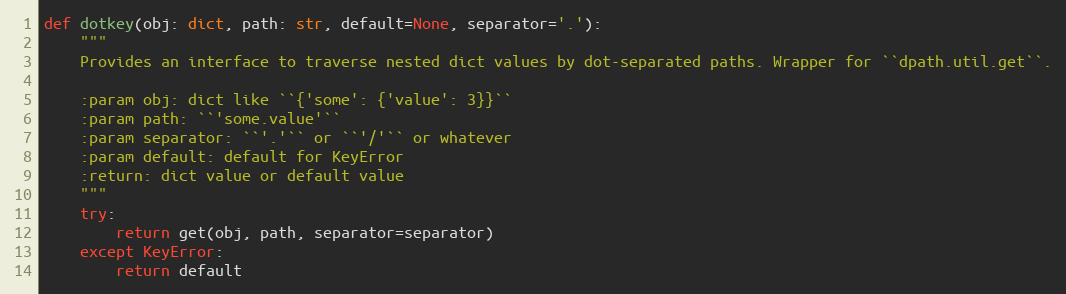
Language: Python
def dotkey(obj: dict, path: str, default=None, separator='.'):
    """
    Provides an interface to traverse nested dict values by dot-separated paths. Wrapper for ``dpath.util.get``.

    :param obj: dict like ``{'some': {'value': 3}}``
    :param path: ``'some.value'``
    :param separator: ``'.'`` or ``'/'`` or whatever
    :param default: default for KeyError
    :return: dict value or default value
    """
    try:
        return get(obj, path, separator=separator)
    except KeyError:
        return default